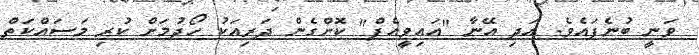
ވަނީ ބުނެފައެވެ. އަދި އޭނާ "އައިވީއެފް" ކޮށްގެން ދަރިއަކު ހޯދުމަށް ކުރި މަސައްކަތް